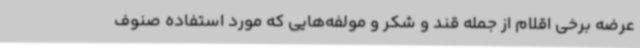
عرضه برخی اقلام از جمله قند و شکر و مولفه‌هایی که مورد استفاده صنوف